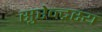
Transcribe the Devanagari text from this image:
सुरेन्द्रस्य